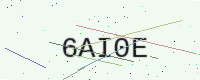
Text: 6AI0E